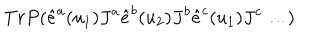
T r P ( \hat { e } ^ { a } ( u _ { 1 } ) J ^ { a } \hat { e } ^ { b } ( u _ { 2 } ) J ^ { b } \hat { e } ^ { c } ( u _ { 1 } ) J ^ { c } \dots )